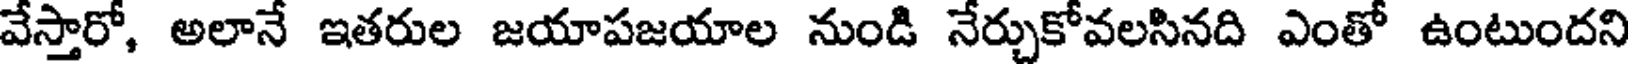
వేస్తారో, అలానే ఇతరుల జయాపజయాల నుండి నేర్చుకోవలసినది ఎంతో ఉంటుందని